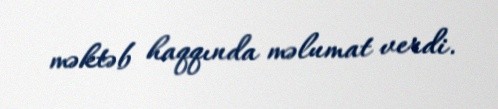
məktəb haqqında məlumat verdi.